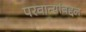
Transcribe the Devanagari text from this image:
परवान्यांबद्दल